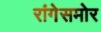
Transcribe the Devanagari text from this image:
रांगेसमोर